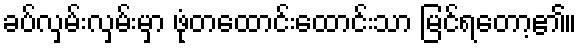
ခပ်လှမ်းလှမ်းမှာ ဖုံတထောင်းထောင်းသာ မြင်ရတော့၏။